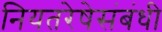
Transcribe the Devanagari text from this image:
नियतरेषेसंबंधी